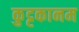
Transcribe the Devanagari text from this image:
कुट्टकानम